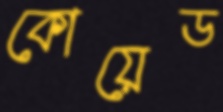
কোয়েড